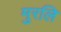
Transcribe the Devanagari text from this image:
मुरलि